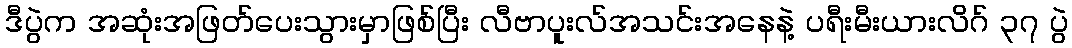
ဒီပွဲက အဆုံးအဖြတ်ပေးသွားမှာဖြစ်ပြီး လီဗာပူးလ်အသင်းအနေနဲ့ ပရီးမီးယားလိဂ် ၃၇ ပွဲ